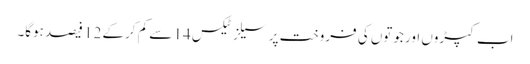
اب کپڑوں اور جوتوں کی فروخت پر سیلز ٹیکس 14 سے کم کرکے 12 فیصد ہوگا۔